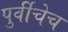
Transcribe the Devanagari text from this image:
पुर्वीचेच